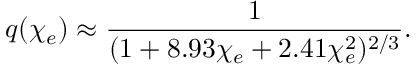
q ( \chi _ { e } ) \approx \frac { 1 } { ( 1 + 8 . 9 3 \chi _ { e } + 2 . 4 1 \chi _ { e } ^ { 2 } ) ^ { 2 / 3 } } .